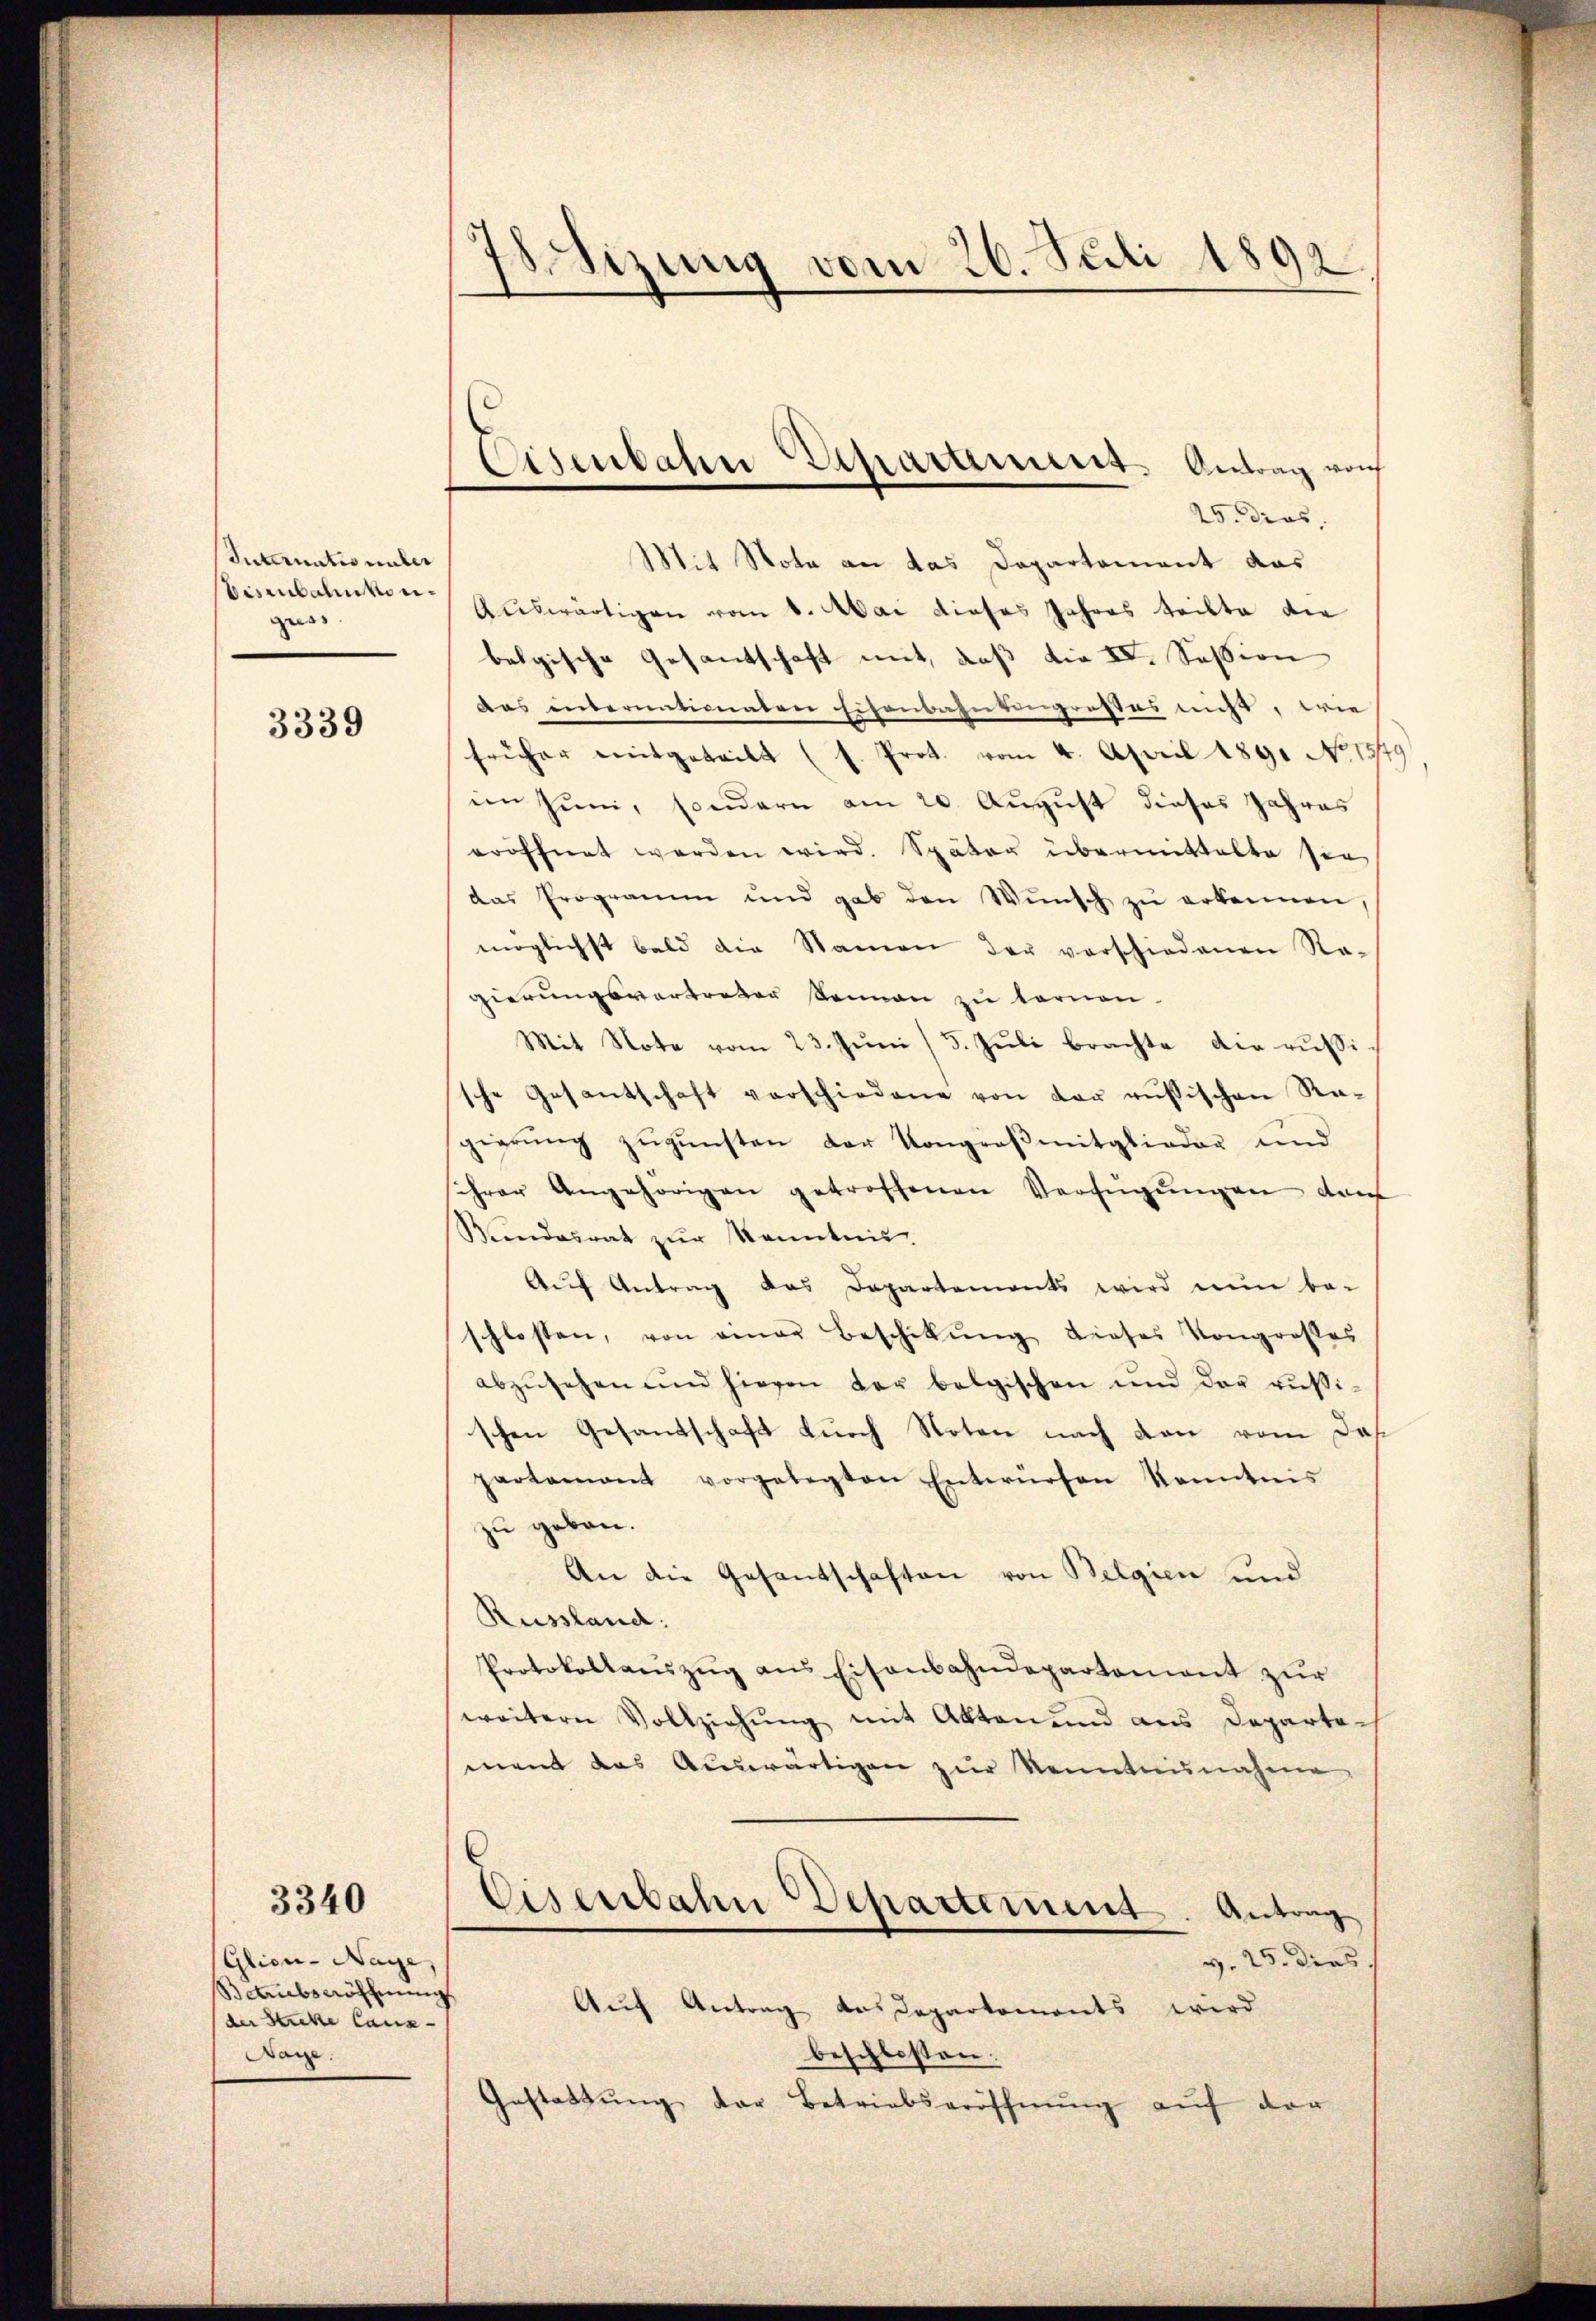
Internatio unter
bisenbahnkonguss

3339

3340

Glien-Nage,
Betrübseröffnung
der Sticke Canz¬
Nage.

i
Wizung vom 26. Juli 1892

Eisenbahn Departement. Antrag vo

25. dies
Mit Nota an das Departement das
Auswärtigen vom 8. Mai dieses Jahres teilte die
belgische Gesantschaft mit, daß die IV. Session
Das internationaten Eisenbahntengrosses nicht, wie
früher mitgeteilt (s. Prot. vom 4. April 1891 No 1379
in Juni, sondern am 20. August dieses Jahres
eröffnet werden wird. Später übermittelte sie
das Programm und gab den Wŭnsch zŭ erkennen,
möglichst bald die Namen der verschiedenen Re-
gierungsvertreter Sonnen zu ternen.
Mit Note vom 23. Juni / 5. Juli brachte die russische Gesantschaft verschiedene von der russischen Re-
gierŭng zŭgŭnsten der Kongroβmitglieder und
schrer Angehörigen getroffenen Verfügŭngen darf
Bundesrat zŭr Kenntnis.
Aŭf Antrag das Departements wird nun be-
schlossen, von einer Beschikŭng dieses Kongrosses
abzŭsehen und hievon der belgischen und der russi-
schen Gesandschaft durch Noten nach von vom das
partement vorgelegten Entwürfen konntnis
zu geben.
An die Gesantschaften von Belgien und
Russland:
Protokollaŭszŭg ans Eisenbahndepartement zur
weitern Vollziehŭng mit Akten und aus Departe
ment das Aŭswärtigen zŭr Kenntnŭnahme
Eisenbahn Departement. Antrag
v. 25. dies
Auf Antrag das Departements wird
beschlossen:
Gestattŭng der Betriebseröffnŭng aŭf der